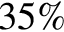
3 5 \%